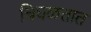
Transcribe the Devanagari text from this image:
चिघळतात